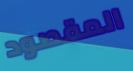
المقصود